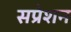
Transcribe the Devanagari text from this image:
सप्रेशन